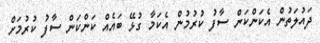
ދައުލަތުން އެކަންކަން ސާފު ކުރުމުން އެކަމާ ގުޅޭ ބައެއް ކަންކަން ސާފު ކުރުމަށް